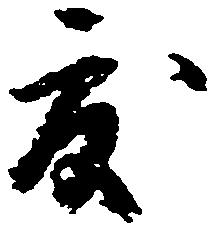
度